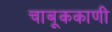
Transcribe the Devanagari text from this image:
चाबूककाणी